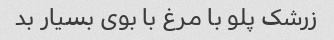
زرشک پلو با مرغ با بوی بسیار بد